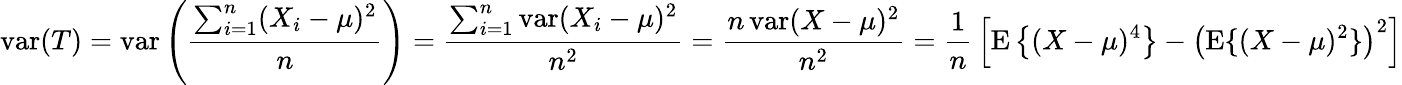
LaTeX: \operatorname{var}(T)=\operatorname{var}\left({\frac{\sum_{i=1}^{n}(X_{i}-\mu)^{2}}{n}}\right)={\frac{\sum_{i=1}^{n}\operatorname{var}(X_{i}-\mu)^{2}}{n^{2}}}={\frac{n\operatorname{var}(X-\mu)^{2}}{n^{2}}}={\frac{1}{n}}\left[\operatorname{E}\left\{ (X-\mu)^{4}\right\} -\left(\operatorname{E}\{ (X-\mu)^{2}\} \right)^{2}\right]